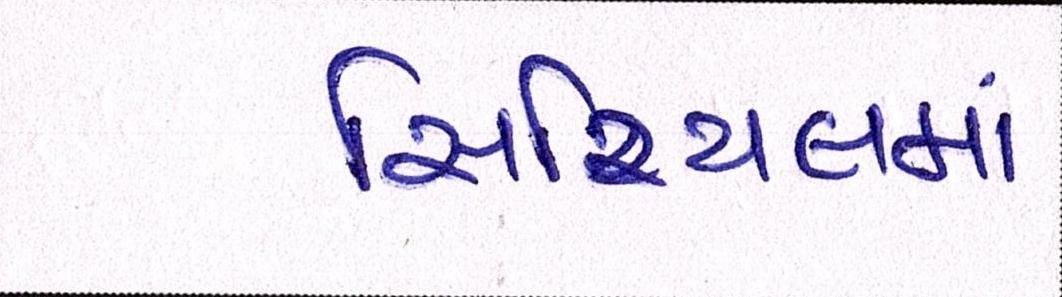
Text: સિરિયલમાં